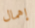
إهمال